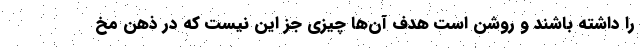
را داشته باشند و روشن است هدف آن‌ها چیزی جز این نیست که در ذهن مخ